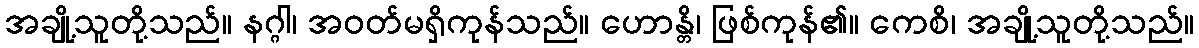
အချို့သူတို့သည်။ နဂ္ဂါ၊ အဝတ်မရှိကုန်သည်။ ဟောန္တိ၊ ဖြစ်ကုန်၏။ ကေစိ၊ အချို့သူတို့သည်။